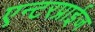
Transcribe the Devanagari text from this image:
एन्टरप्राईज